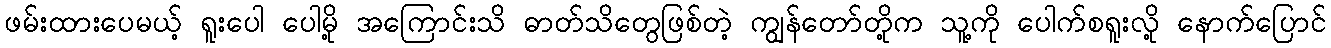
ဖမ်းထားပေမယ့် ရူးပေါ ပေါမို့ အကြောင်းသိ ဓာတ်သိတွေဖြစ်တဲ့ ကျွန်တော်တို့က သူ့ကို ပေါက်စရူးလို့ နောက်ပြောင်